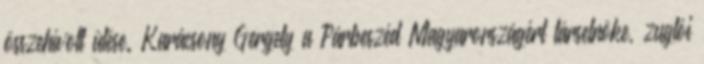
összehívott ülése. Karácsony Gergely a Párbeszéd Magyarországért társelnöke, zuglói